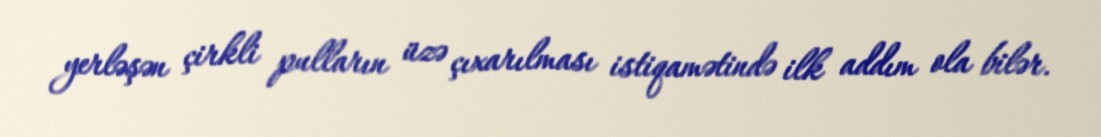
yerləşən çirkli pulların üzə çıxarılması istiqamətində ilk addım ola bilər.